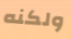
ولكنه